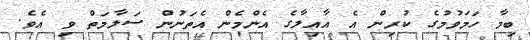
ބިމާ ހަމަވުމުގެ ކުރިން އެ އާއިލާގެ އެންމެން އެތަނުން ސަލާމަތް ވި އެވެ.